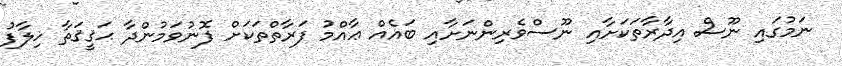
ނަމުގައި ނޫސް އިދާރާތަކަށާއި ނޫސްވެރިންނަށާއި ބައެއް ޢާއްމު ފަރާތްތަކަށް ފޮނުވަމުންދާ ޙަޤީޤަތާ ޚިލާފު